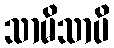
သာမိသာပိ